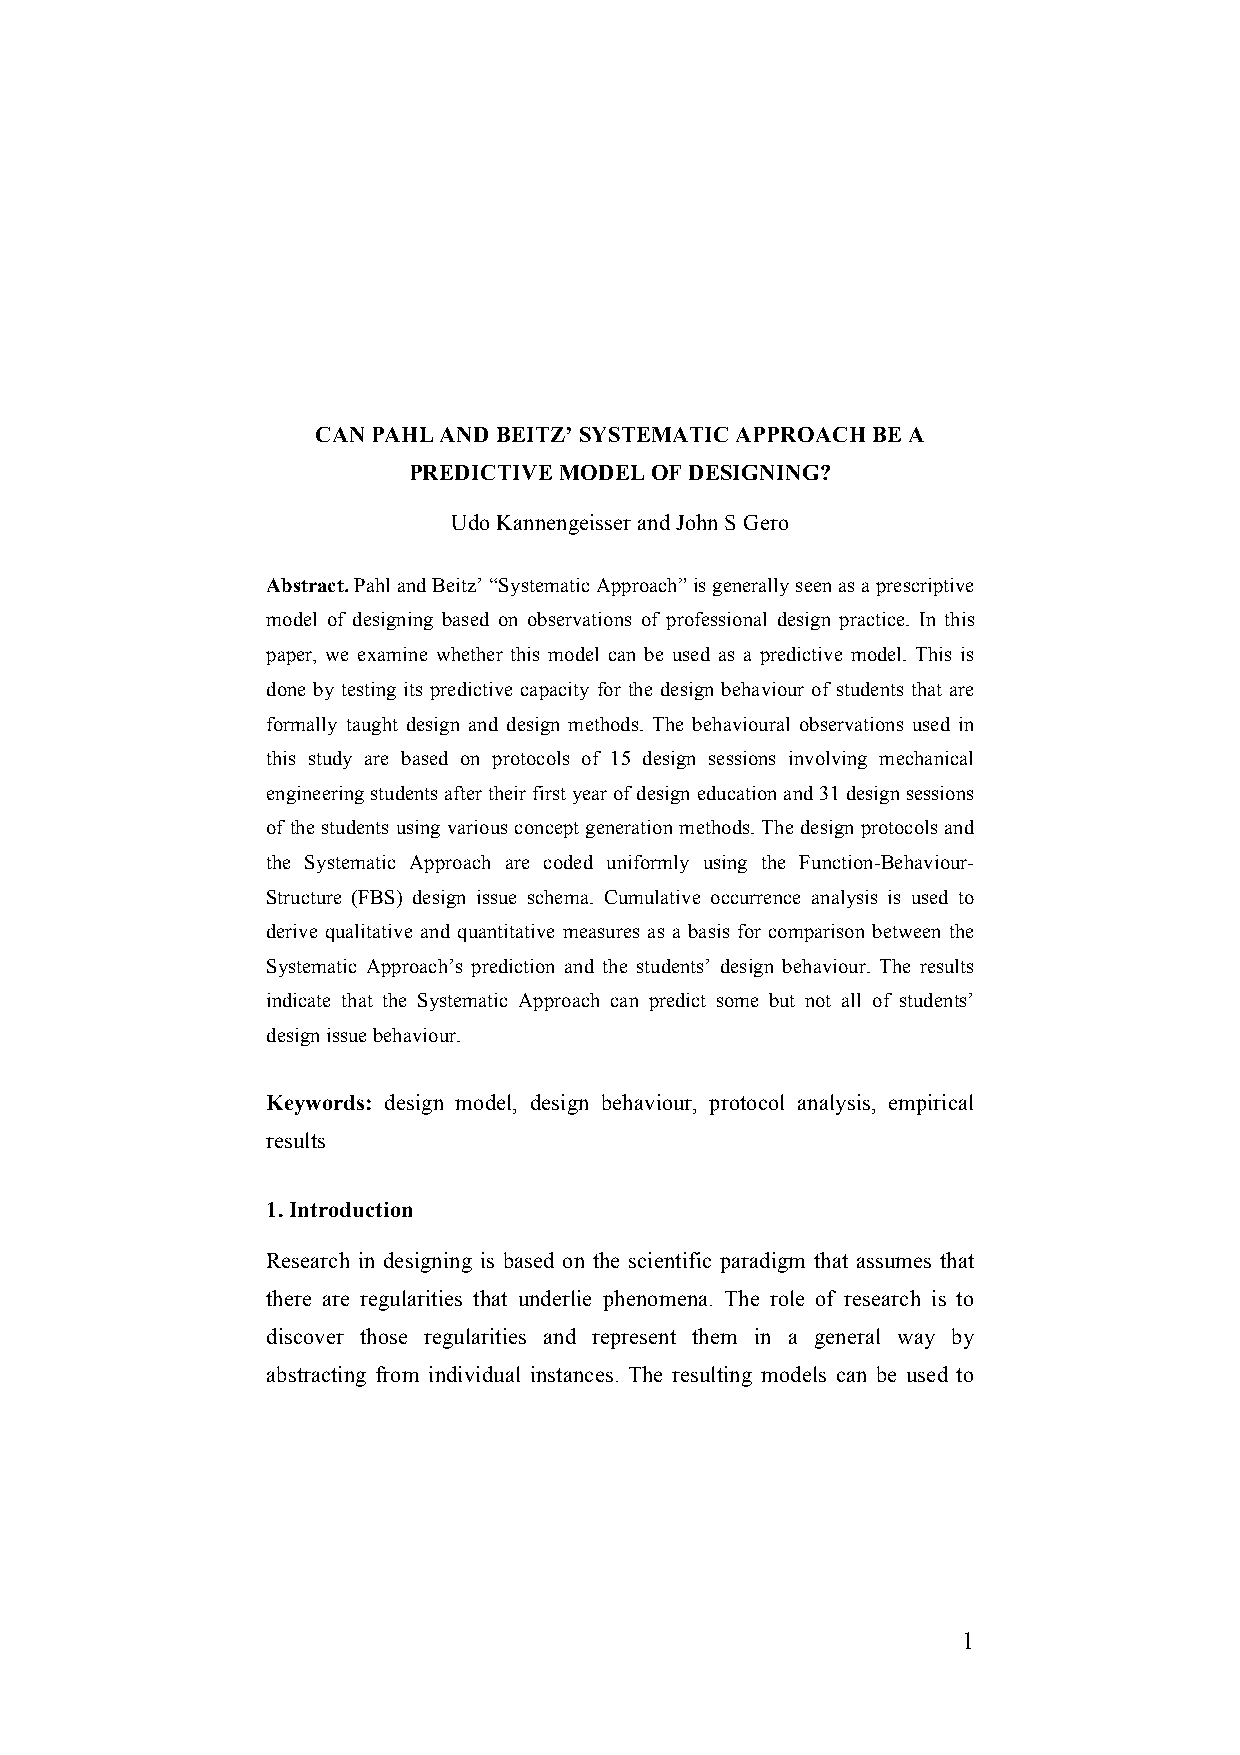
CAN PAHL AND BEITZ’ SYSTEMATIC APPROACH BE A
 PREDICTIVE MODEL OF DESIGNING?
 Udo Kannengeisser and John S Gero
 Abstract. Pahl and Beitz’ “Systematic Approach” is generally seen as a prescriptive
 model of designing based on observations of professional design practice. In this
 paper, we examine whether this model can be used as a predictive model. This is
 done by testing its predictive capacity for the design behaviour of students that are
 formally taught design and design methods. The behavioural observations used in
 this study are based on protocols of 15 design sessions involving mechanical
 engineering students after their first year of design education and 31 design sessions
 of the students using various concept generation methods. The design protocols and
 the Systematic Approach are coded uniformly using the Function-Behaviour-
 Structure (FBS) design issue schema. Cumulative occurrence analysis is used to
 derive qualitative and quantitative measures as a basis for comparison between the
 Systematic Approach’s prediction and the students’ design behaviour. The results
 indicate that the Systematic Approach can predict some but not all of students’
 design issue behaviour.
 Keywords: design model, design behaviour, protocol analysis, empirical
 results
 1. Introduction
 Research in designing is based on the scientific paradigm that assumes that
 there are regularities that underlie phenomena. The role of research is to
 discover those regularities and represent them in a general way by
 abstracting from individual instances. The resulting models can be used to
 1